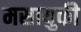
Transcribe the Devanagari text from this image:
मसायुकी